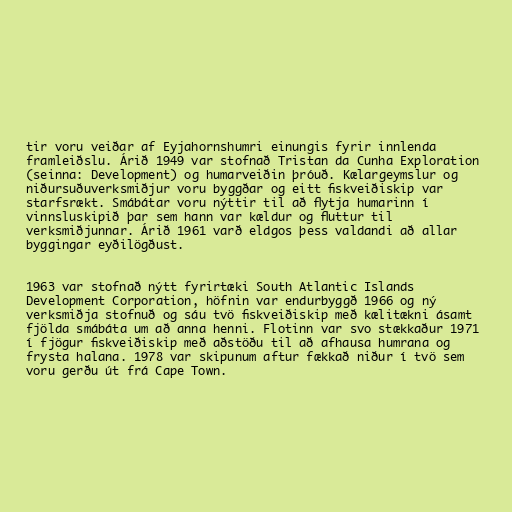
tir voru veiðar af Eyjahornshumri einungis fyrir innlenda
framleiðslu. Árið 1949 var stofnað Tristan da Cunha Exploration
(seinna: Development) og humarveiðin þróuð. Kælargeymslur og
niðursuðuverksmiðjur voru byggðar og eitt fiskveiðiskip var
starfsrækt. Smábátar voru nýttir til að flytja humarinn í
vinnsluskipið þar sem hann var kældur og fluttur til
verksmiðjunnar. Árið 1961 varð eldgos þess valdandi að allar
byggingar eyðilögðust.

1963 var stofnað nýtt fyrirtæki South Atlantic Islands
Development Corporation, höfnin var endurbyggð 1966 og ný
verksmiðja stofnuð og sáu tvö fiskveiðiskip með kælitækni ásamt
fjölda smábáta um að anna henni. Flotinn var svo stækkaður 1971
í fjögur fiskveiðiskip með aðstöðu til að afhausa humrana og
frysta halana. 1978 var skipunum aftur fækkað niður í tvö sem
voru gerðu út frá Cape Town.